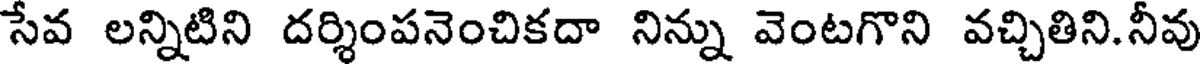
సేవ లన్నిటిని దర్శింపనెంచికదా నిన్ను వెంటగొని వచ్చితిని.నీవు